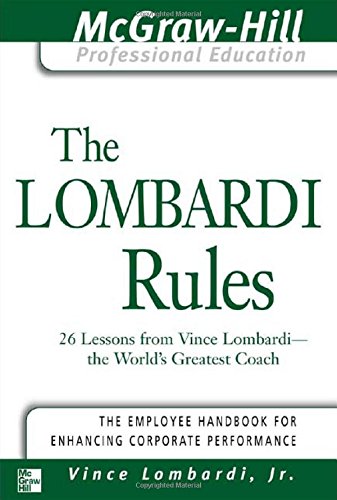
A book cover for The Lombardi Rules: 26 Lessons from Vince Lombardi--The World's Greatest Coach (The McGraw-Hill Professional Education Series); Vince Lombardi; Biographies & Memoirs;